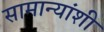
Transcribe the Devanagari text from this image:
सामान्यांशी